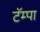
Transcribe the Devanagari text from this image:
टॅम्पा